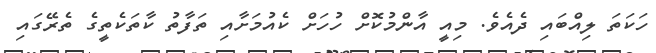
ހަކަތަ ލިއްބައި ދެއެވެ. މިއީ އާންމުކޮށް ހުހަށް ކެއުމަށާއި ތަފާތު ކާތަކެތީގެ ތެރޭގައި